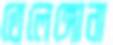
তেলেঙ্গোনা